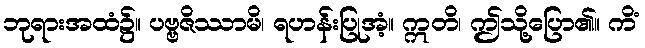
ဘုရားအထံ၌။ ပဗ္ဗဇိဿာမိ၊ ရဟန်းပြုအံ့။ ဣတိ၊ ဤသို့ပြော၏။ ကိံ